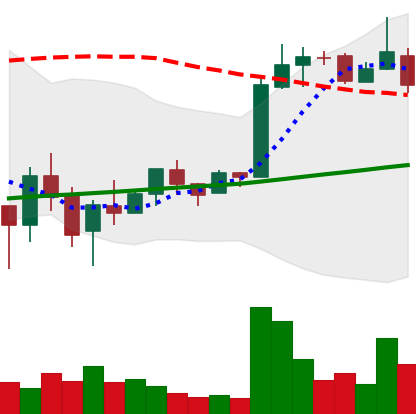
Ticker: LTC-USD
Chart end date: 2018-02-21
Forward return: 3.567%
Label: up_3_5